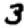
Digit: 3